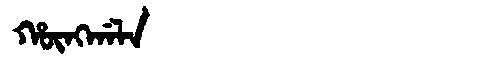
Manchu: ᡥᡡᠩᡤᠠᠯᠠ
Romanization: HŪNGGALA